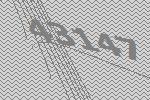
43147